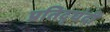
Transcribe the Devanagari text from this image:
प्रतिद्घंदी